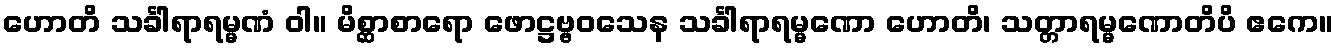
ဟောတိ သင်္ခါရာရမ္မဏံ ဝါ။ မိစ္ဆာစာရော ဖောဋ္ဌဗ္ဗဝသေန သင်္ခါရာရမ္မဏော ဟောတိ၊ သတ္တာရမ္မဏောတိပိ ဧကေ။